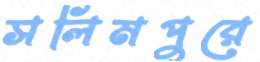
সলিমপুরে